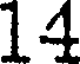
14